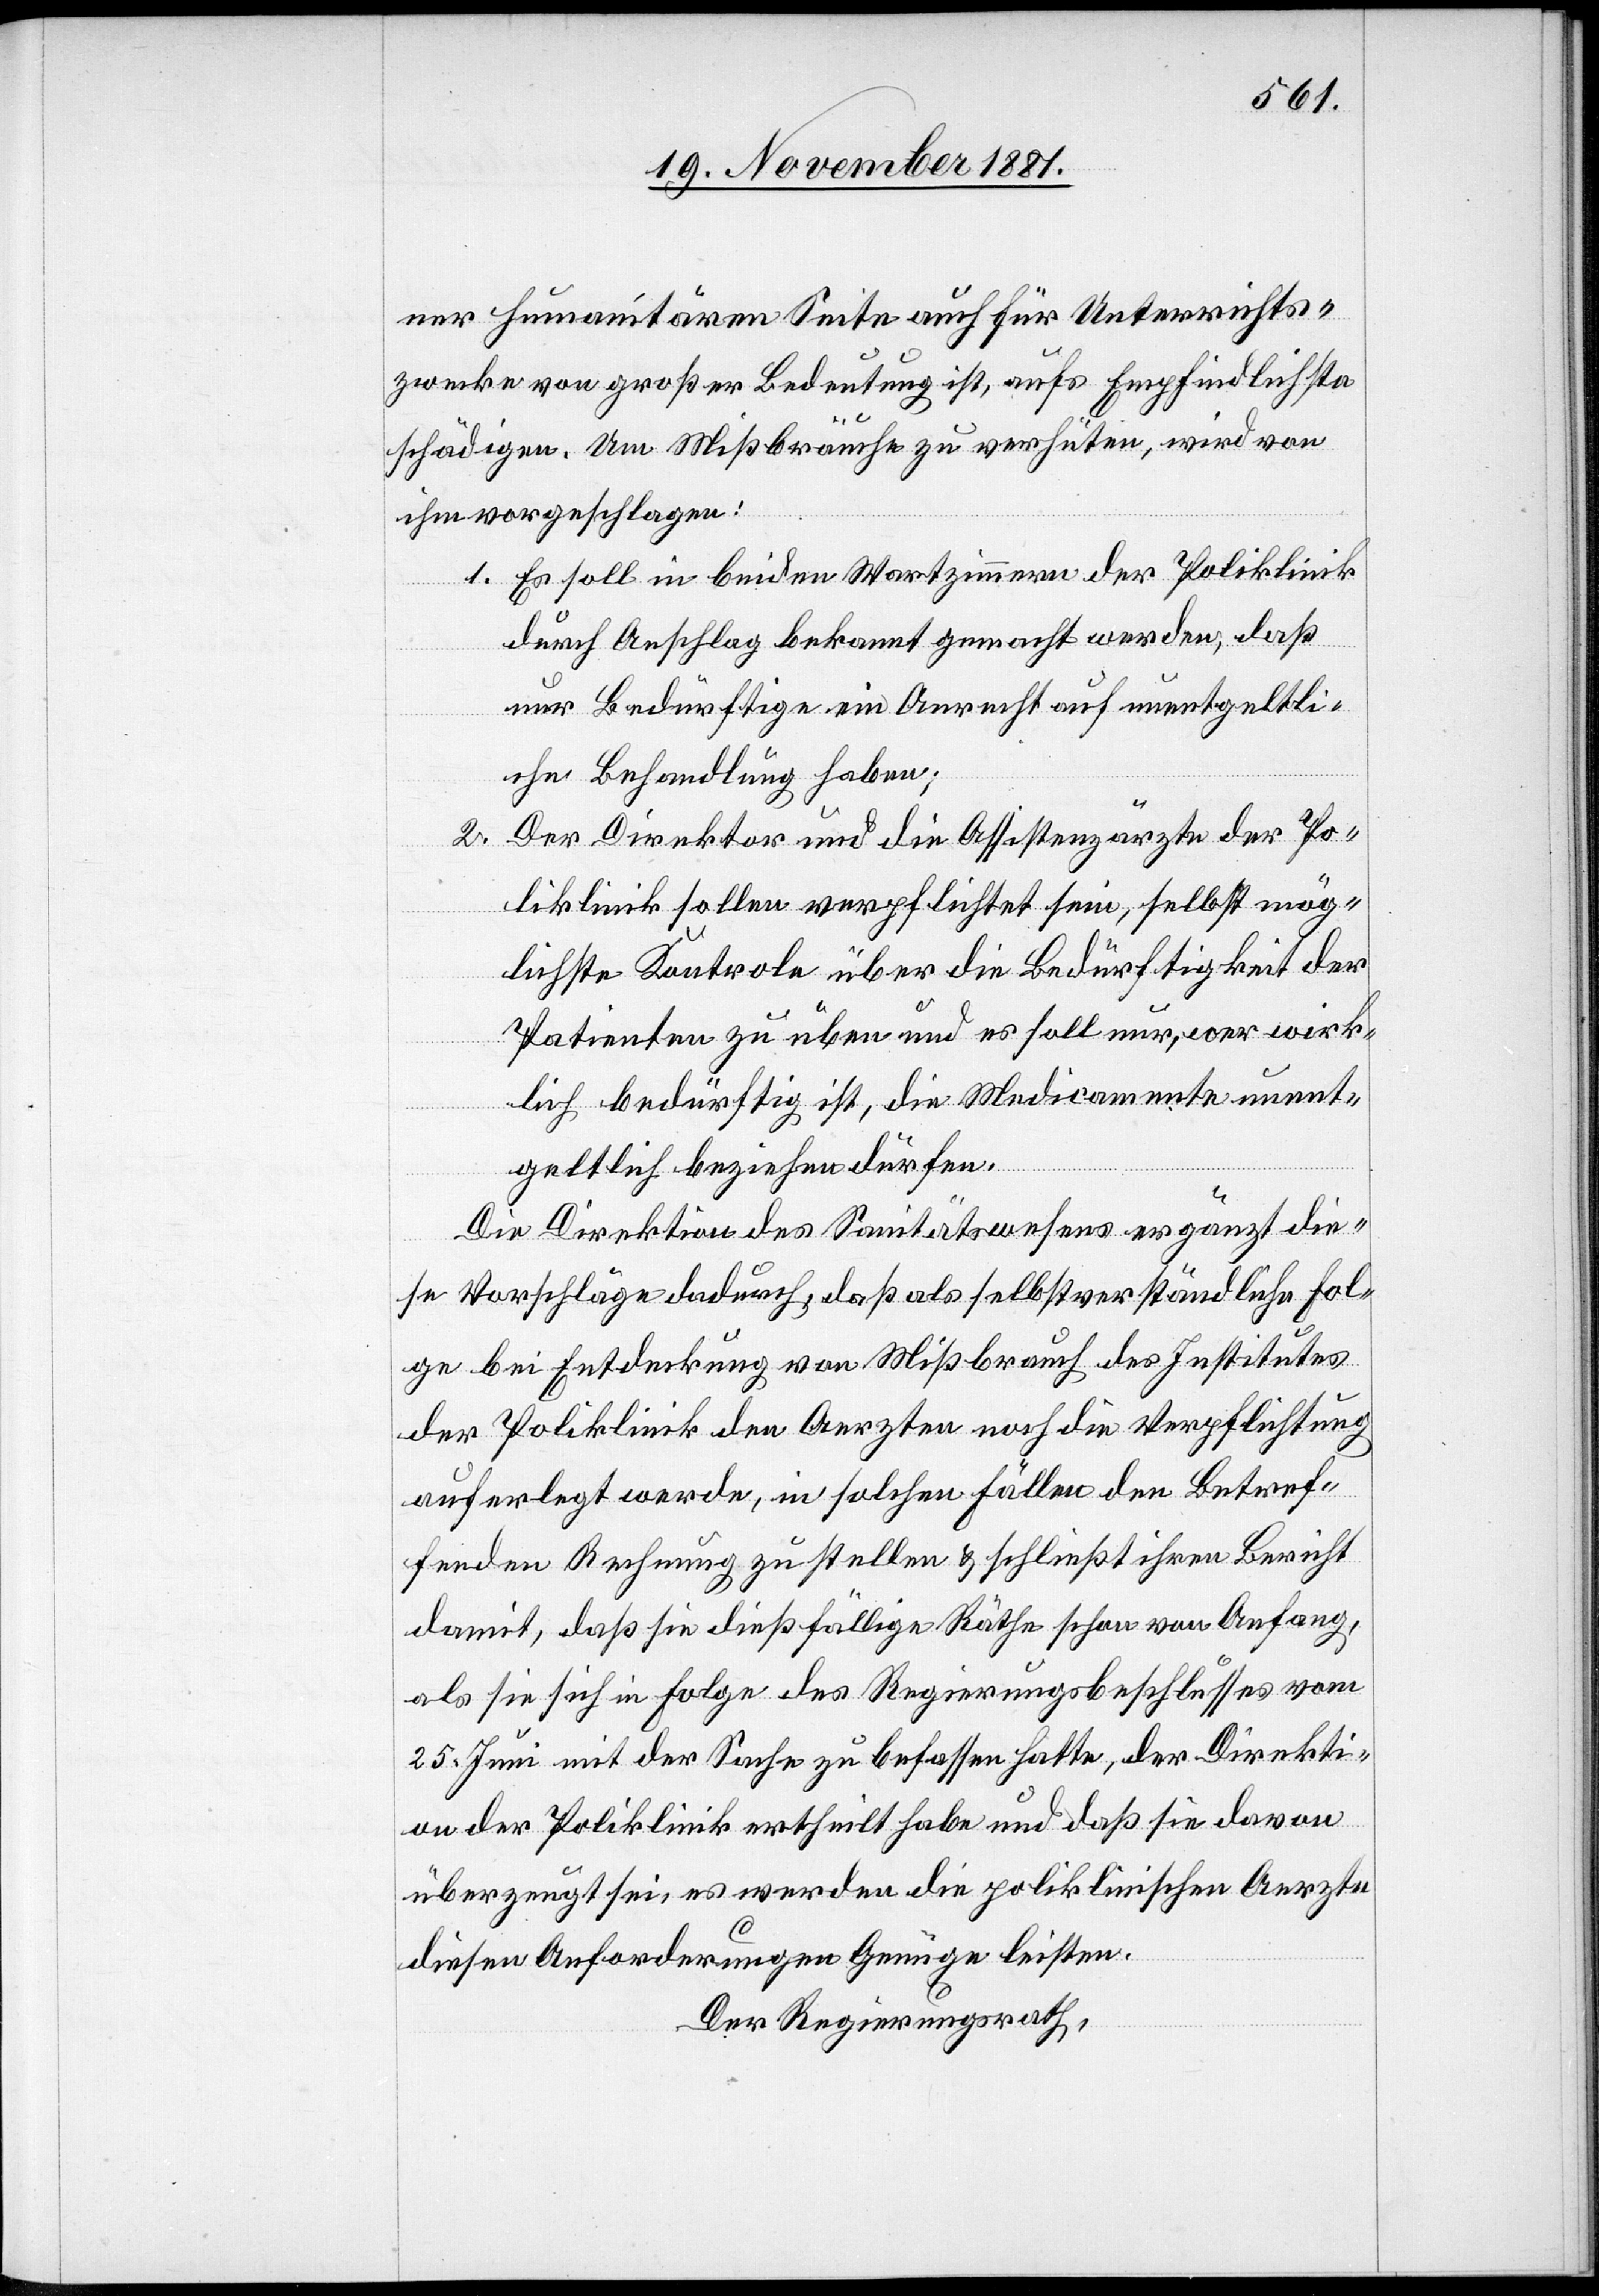
ner humanitären Seite auch für Unterrichts¬
zwecke von großer Bedeutung ist, aufs Empfindlichste
schädigen. Um Mißbräuche zu verhüten, wird von
ihm vorgeschlagen:
1. Es soll in beiden Wartzimmern der Poliklinik
durch Anschlag bekannt gemacht werden, daß
nur Bedürftige ein Anrecht auf unentgeltli¬
che Behandlung haben;
Der Direktor und die Assistenzärzte der Po¬
2.
liklinik sollen verpflichtet sein, selbst mög¬
lichste Kontrole über die Bedürftigkeit der
Patienten zu üben und es soll nur, wer wirk¬
lich bedürftig ist, die Medicamente unent¬
geltlich beziehen dürfen.
Die Direktion des Sanitätswesens ergänzt die¬
se Vorschläge dadurch, daß als selbstverständliche Fol¬
ge bei Entdeckung von Mißbrauch des Institutes
der Poliklinik den Aerzten noch die Verpflichtung
auferlegt werde, in solchen Fällen den Betref¬
fenden Rechnung zu stellen & schließt ihren Bericht
damit, daß sie dießfällige Räthe schon von Anfang,
als sie sich in Folge des Regierungsbeschlusses vom
25. Juni mit der Sache zu befassen hatte, der Direkti¬
on der Poliklinik ertheilt habe und daß sie davon
überzeugt sei, es werde die poliklinischen Aerzte
diesen Anforderungen Genüge leisten.
Der Regierungsrath,